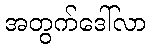
အတွက်ဒေါ်လာ